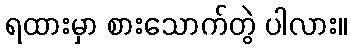
ရထားမှာ စားသောက်တွဲ ပါလား။